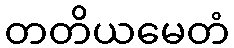
တတိယမေတံ